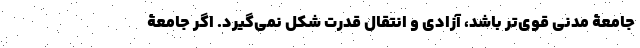
جامعۀ مدنی قوی‌تر باشد، آزادی و انتقال قدرت شکل نمی‌گیرد. اگر جامعۀ